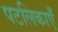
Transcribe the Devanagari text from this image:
पटलिकाएँ